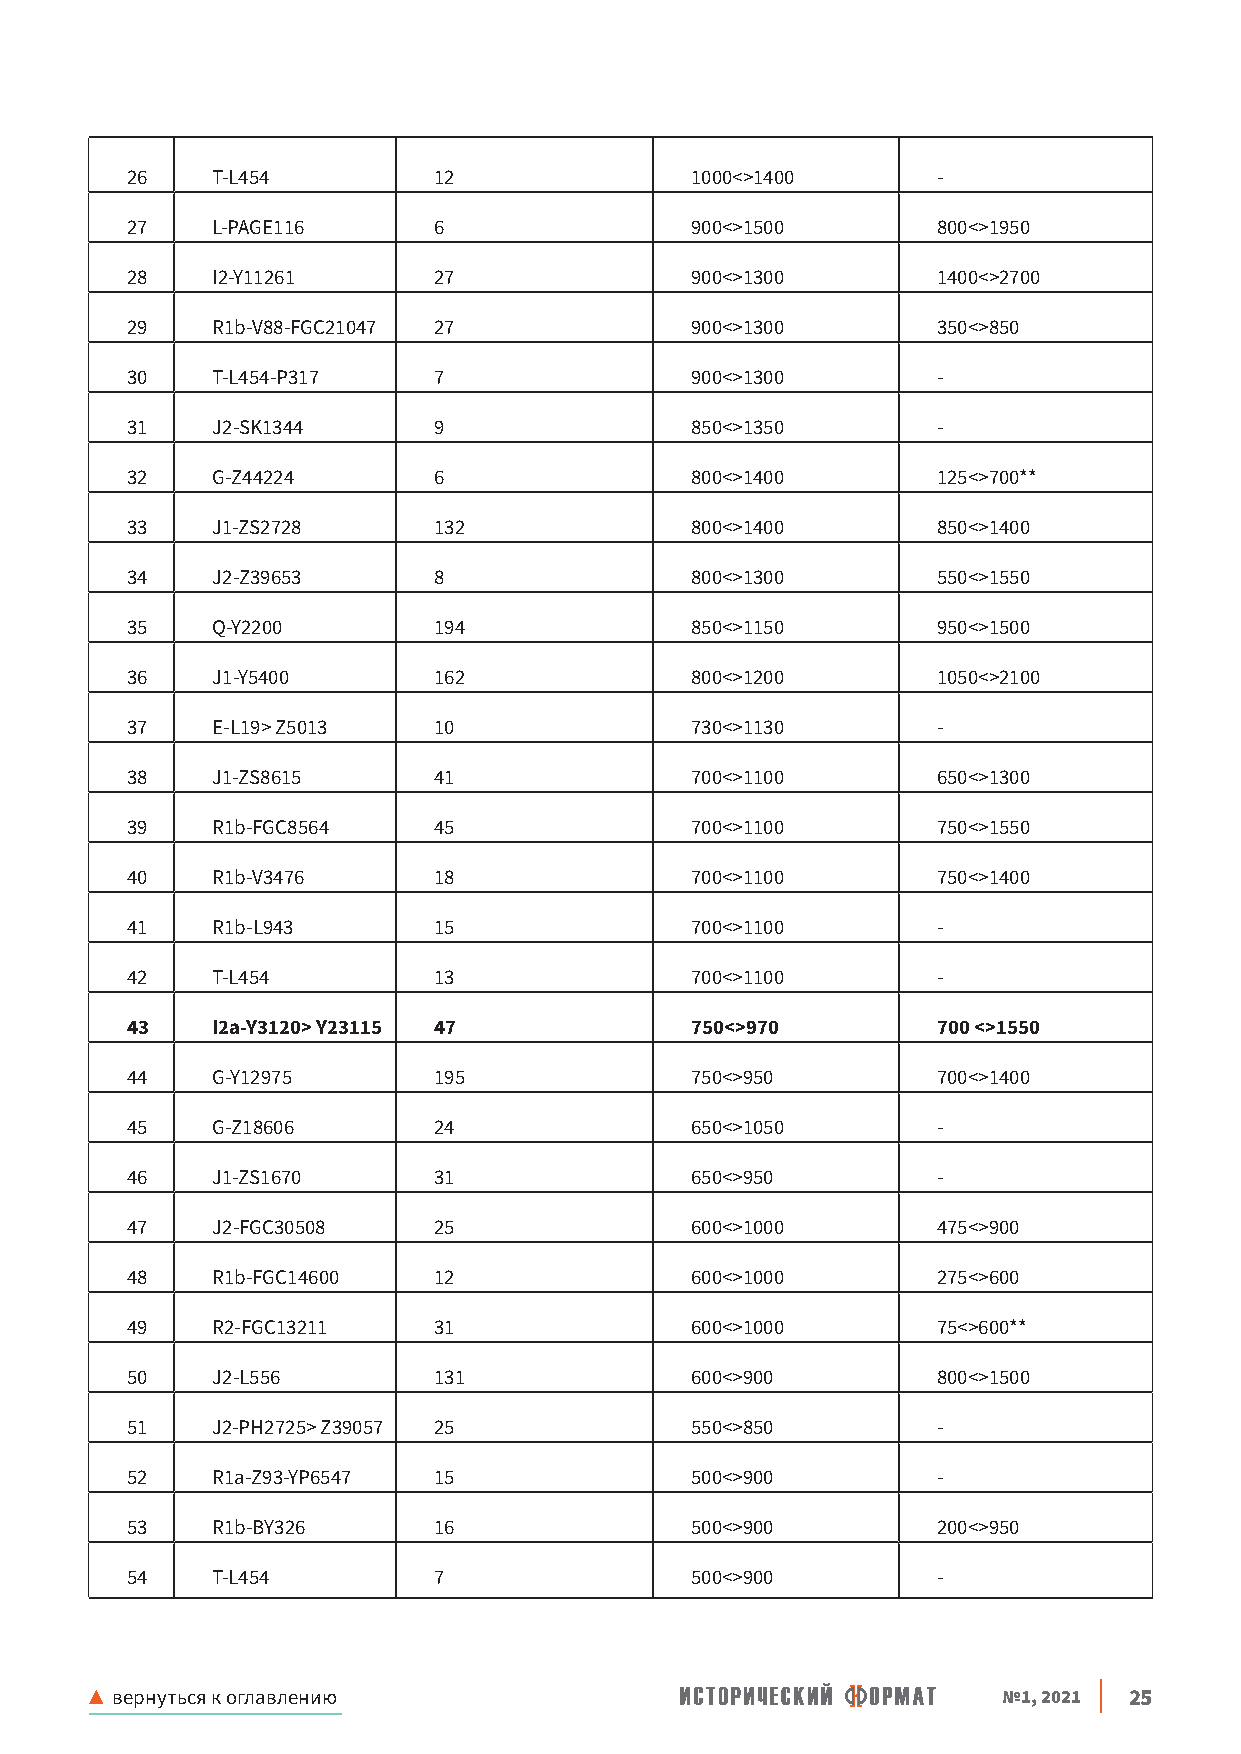
26    T-L454         12               1000<>1400      -
 27    L-PAGE116      6                900<>1500       800<>1950
 28    I2-Y11261      27               900<>1300       1400<>2700
 29    R1b-V88-FGC21047 27             900<>1300       350<>850
 30    T-L454-P317    7                900<>1300       -
 31    J2-SK1344      9                850<>1350       -
 32    G-Z44224       6                800<>1400       125<>700**
 33    J1-ZS2728      132              800<>1400       850<>1400
 34    J2-Z39653      8                800<>1300       550<>1550
 35    Q-Y2200        194              850<>1150       950<>1500
 36    J1-Y5400       162              800<>1200       1050<>2100
 37    E-L19> Z5013   10               730<>1130       -
 38    J1-ZS8615      41               700<>1100       650<>1300
 39    R1b-FGC8564    45               700<>1100       750<>1550
 40    R1b-V3476      18               700<>1100       750<>1400
 41    R1b-L943       15               700<>1100       -
 42    T-L454         13               700<>1100       -
 43    I2a-Y3120> Y23115 47            750<>970        700 <>1550
 44    G-Y12975       195              750<>950        700<>1400
 45    G-Z18606       24               650<>1050       -
 46    J1-ZS1670      31               650<>950        -
 47    J2-FGC30508    25               600<>1000       475<>900
 48    R1b-FGC14600   12               600<>1000       275<>600
 49    R2-FGC13211    31               600<>1000       75<>600**
 50    J2-L556        131              600<>900        800<>1500
 51    J2-PH2725> Z39057 25            550<>850        -
 52    R1a-Z93-YP6547 15               500<>900        -
 53    R1b-BY326      16               500<>900        200<>950
 54    T-L454         7                500<>900        -
 ▲ вернуться к оглавлению                                    №1, 2021 25